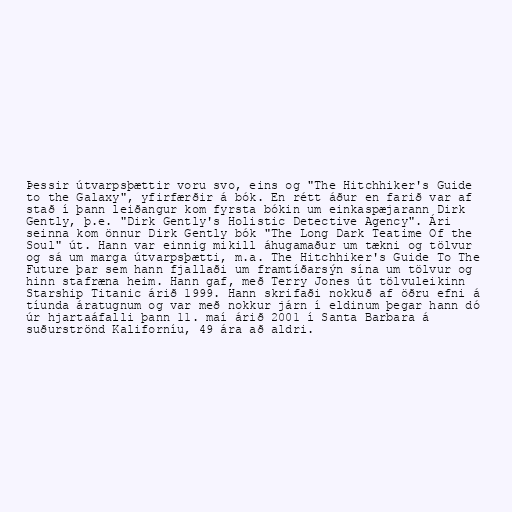
Þessir útvarpsþættir voru svo, eins og "The Hitchhiker's Guide
to the Galaxy", yfirfærðir á bók. En rétt áður en farið var af
stað í þann leiðangur kom fyrsta bókin um einkaspæjarann Dirk
Gently, þ.e. "Dirk Gently's Holistic Detective Agency". Ári
seinna kom önnur Dirk Gently bók "The Long Dark Teatime Of the
Soul" út. Hann var einnig mikill áhugamaður um tækni og tölvur
og sá um marga útvarpsþætti, m.a. The Hitchhiker's Guide To The
Future þar sem hann fjallaði um framtíðarsýn sína um tölvur og
hinn stafræna heim. Hann gaf, með Terry Jones út tölvuleikinn
Starship Titanic árið 1999. Hann skrifaði nokkuð af öðru efni á
tíunda áratugnum og var með nokkur járn í eldinum þegar hann dó
úr hjartaáfalli þann 11. maí árið 2001 í Santa Barbara á
suðurströnd Kaliforníu, 49 ára að aldri.